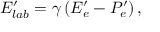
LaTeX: E _ { l a b } ^ { \prime } = \gamma \left( E _ { e } ^ { \prime } - P _ { e } ^ { \prime } \right) ,